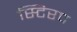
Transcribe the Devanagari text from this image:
स्टिरप